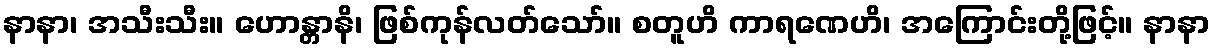
နာနာ၊ အသီးသီး။ ဟောန္တာနိ၊ ဖြစ်ကုန်လတ်သော်။ စတူဟိ ကာရဏေဟိ၊ အကြောင်းတို့ဖြင့်။ နာနာ